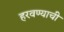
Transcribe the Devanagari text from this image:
हरवण्याची